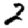
Digit: 2